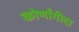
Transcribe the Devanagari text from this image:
कोणाँगीदा